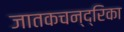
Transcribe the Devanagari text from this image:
जातकचन्द्रिका